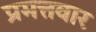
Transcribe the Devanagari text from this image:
प्रमत्तवार